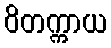
ဝိတက္ကာယ